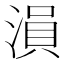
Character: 溳